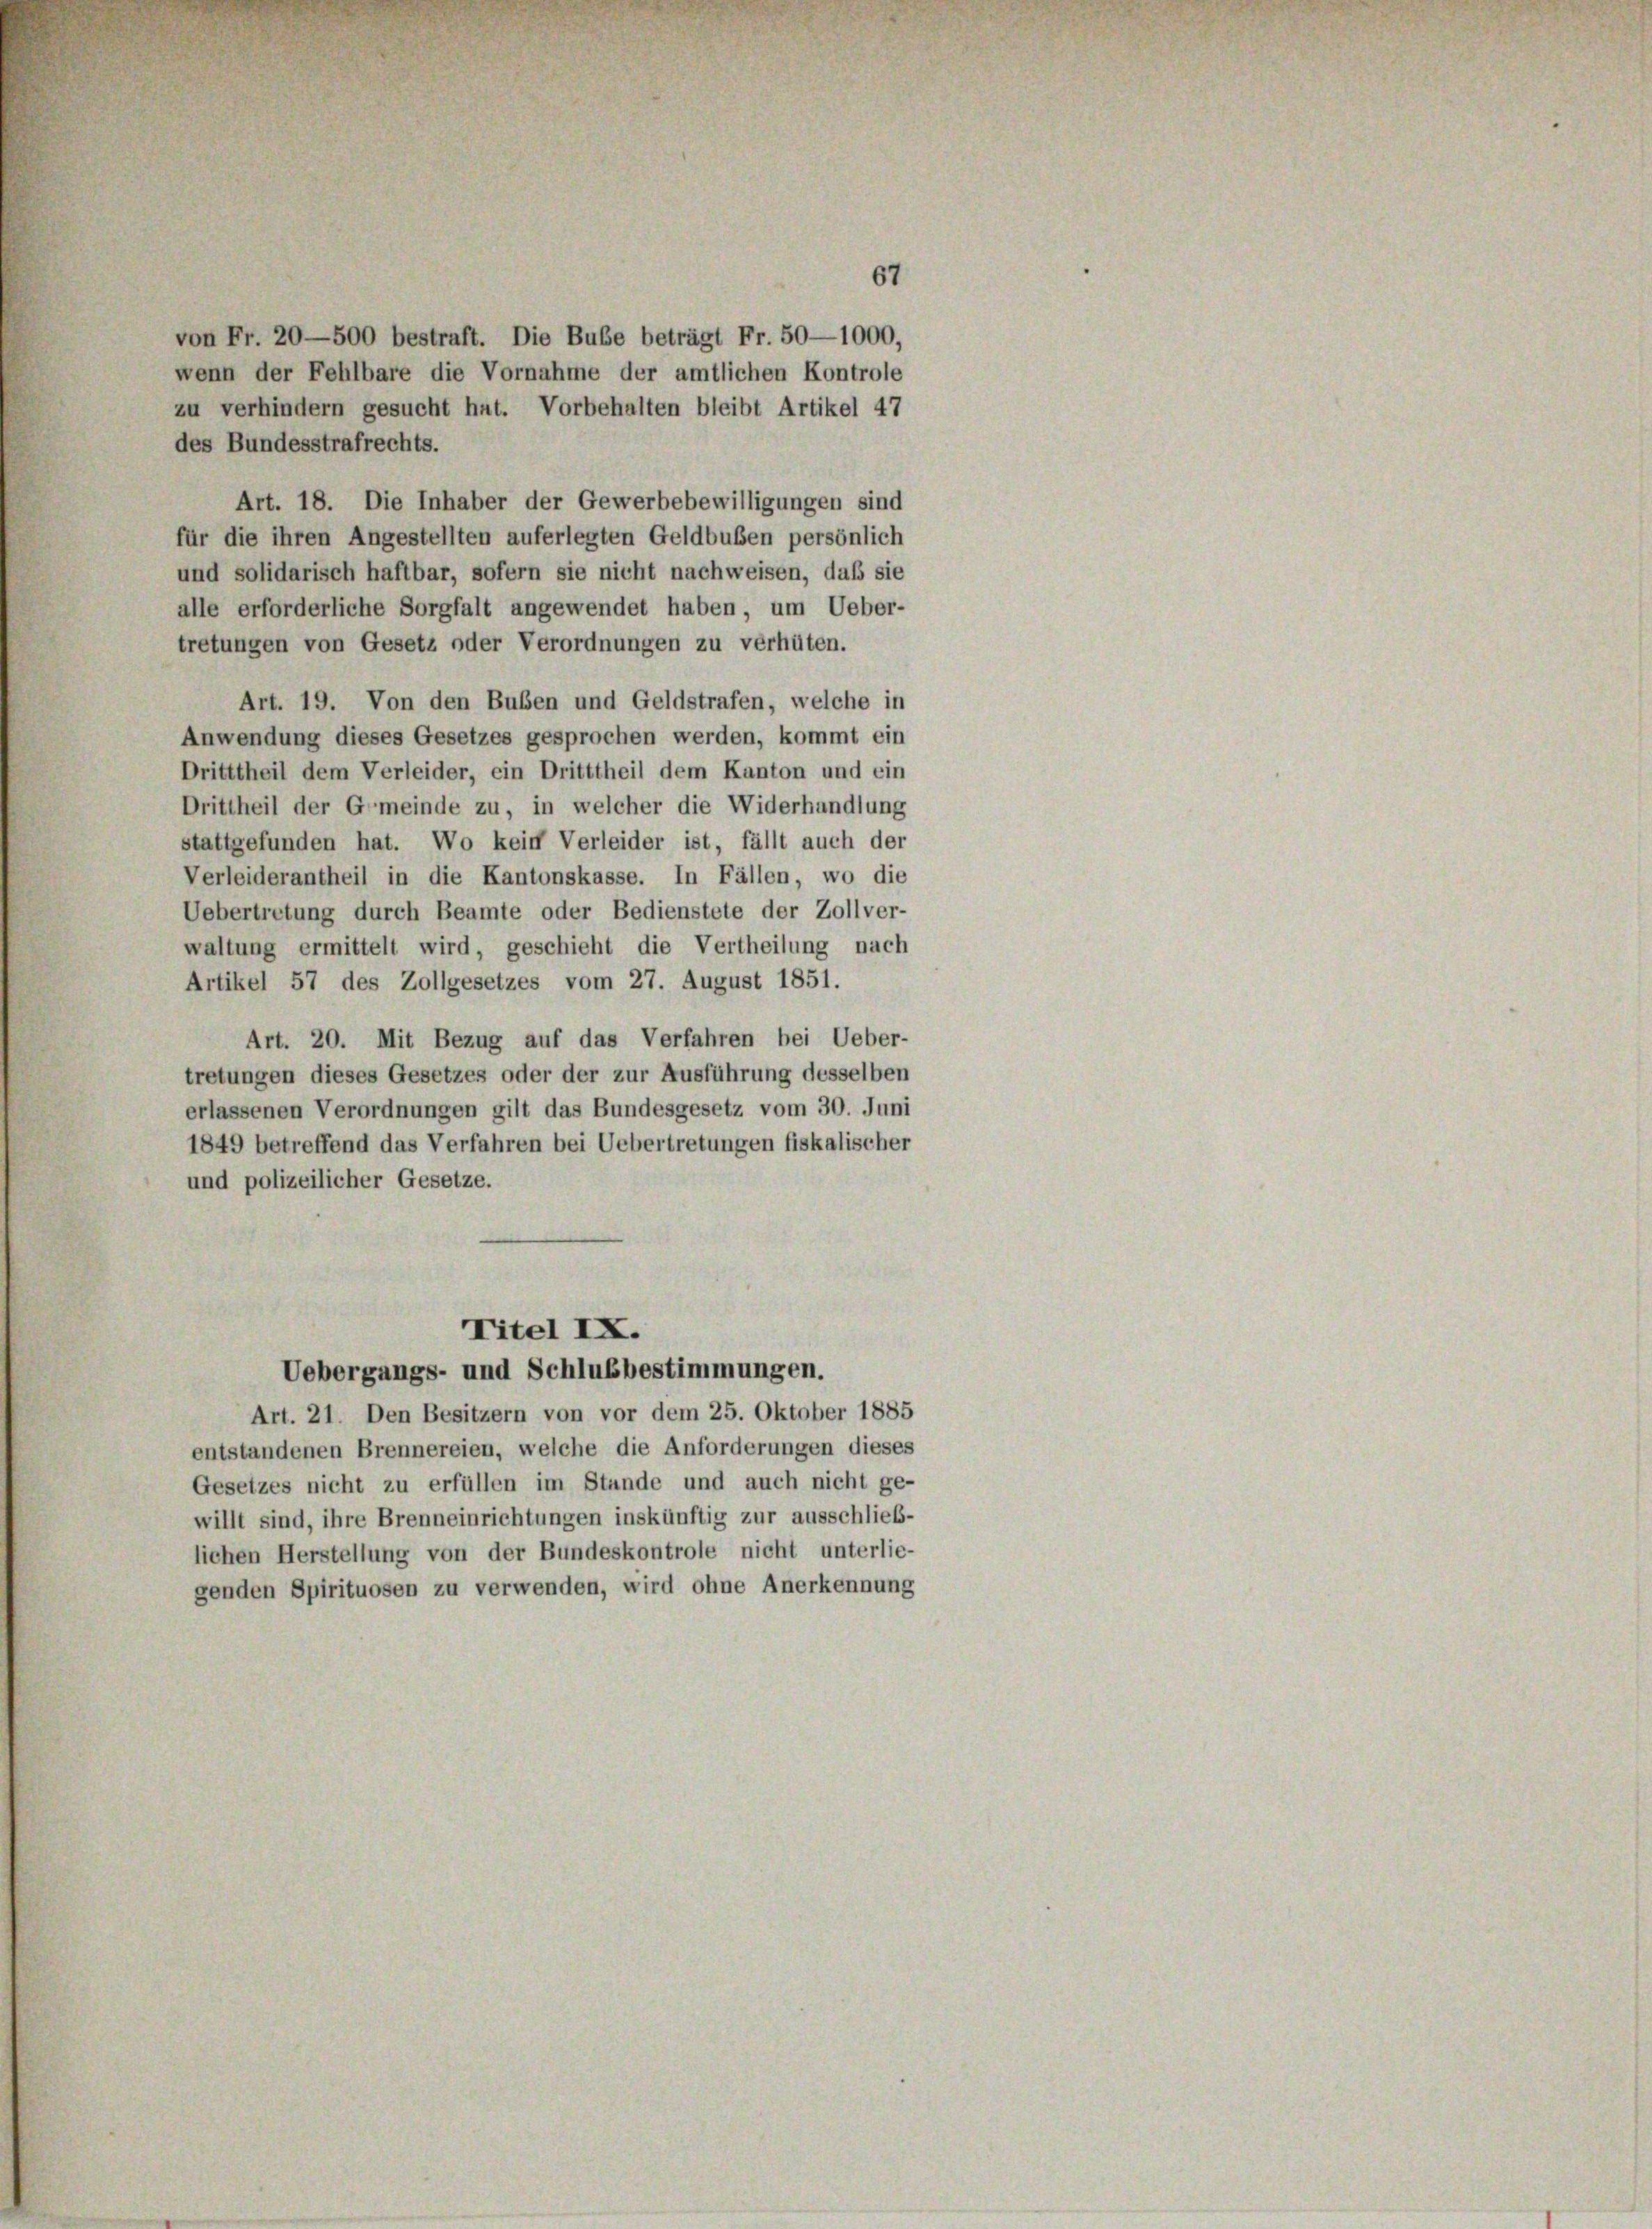
67
von Fr. 20—500 bestraft. Die Bube beträgt Fr. 50—1000,
wenn der Fehlbare die Vornahme der amtlichen Kontrole
zu verhindern gesucht hat. Vorbehalten bleibt Artikel 47
des Bundesstrafrechts.
Art. 18. Die Inhaber der Gewerbebewilligungen sind
für die ihren Angestellten auferlegten Geldbußen persönlich
und solidarisch haftbar, sofern sie nicht nachweisen, daß sie
alle erforderliche Sorgfalt angewendet haben, um Ueber-
tretungen von Gesetz oder Verordnungen zu verhüten.
Art. 19. Von den Buben und Geldstrafen, welche in
Anwendung dieses Gesetzes gesprochen werden, kommt ein
Dritttheil dem Verleider, ein Dritttheil dem Kanton und ein
Drittheil der Gemeinde zu, in welcher die Widerhandlung
stattgefunden hat. Wo kein Verleider ist, fällt auch der
Verleiderantheil in die Kantonskasse. In Fällen, wo die
Uebertretung durch Beamte oder Bedienstete der Zollver-
waltung ermittelt wird, geschieht die Vertheilung nach
Artikel 57 des Zollgesetzes vom 27. August 1851.
Art. 20. Mit Bezug auf das Verfahren bei Ueber-
tretungen dieses Gesetzes oder der zur Ausführung desselben
erlassenen Verordnungen gilt das Bundesgesetz vom 30. Juni
1849 betreffend das Verfahren bei Uebertretungen fiskalischer
und polizeilicher Gesetze.

Titel IX.
Uebergangs- und Schlußbestimmungen.

Art. 21. Den Besitzern von vor dem 25. Oktober 1885
entstandenen Brennereien, welche die Anforderungen dieses
Gesetzes nicht zu erfüllen im Stande und auch nicht ge-
willt sind, ihre Brenneinrichtungen inskünftig zur ausschließ-
lichen Herstellung von der Bundeskontrole nicht unterlie-
genden Spirituosen zu verwenden, wird ohne Anerkennung